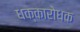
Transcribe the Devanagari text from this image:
धक्कारोधक